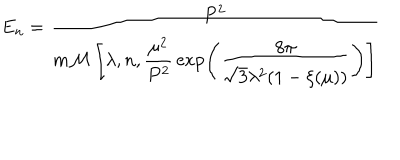
E _ { n } = \frac { P ^ { 2 } } { m { \cal M } \left[ \lambda , n , \displaystyle { \frac { \mu ^ { 2 } } { P ^ { 2 } } } \exp \left( { \frac { 8 \pi } { \sqrt { 3 } \lambda ^ { 2 } ( 1 - \xi ( \mu ) ) } } \right) \right] }